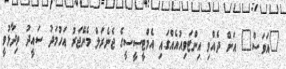
"އަވަސް" އަށް ދެއްވި އިންޓަވިއުއެއްގައި އެމްޓީސީސީގެ ޖެނެރަލް މެނޭޖަރު އަހުމަދު ސައީދު ވިދާޅުވީ